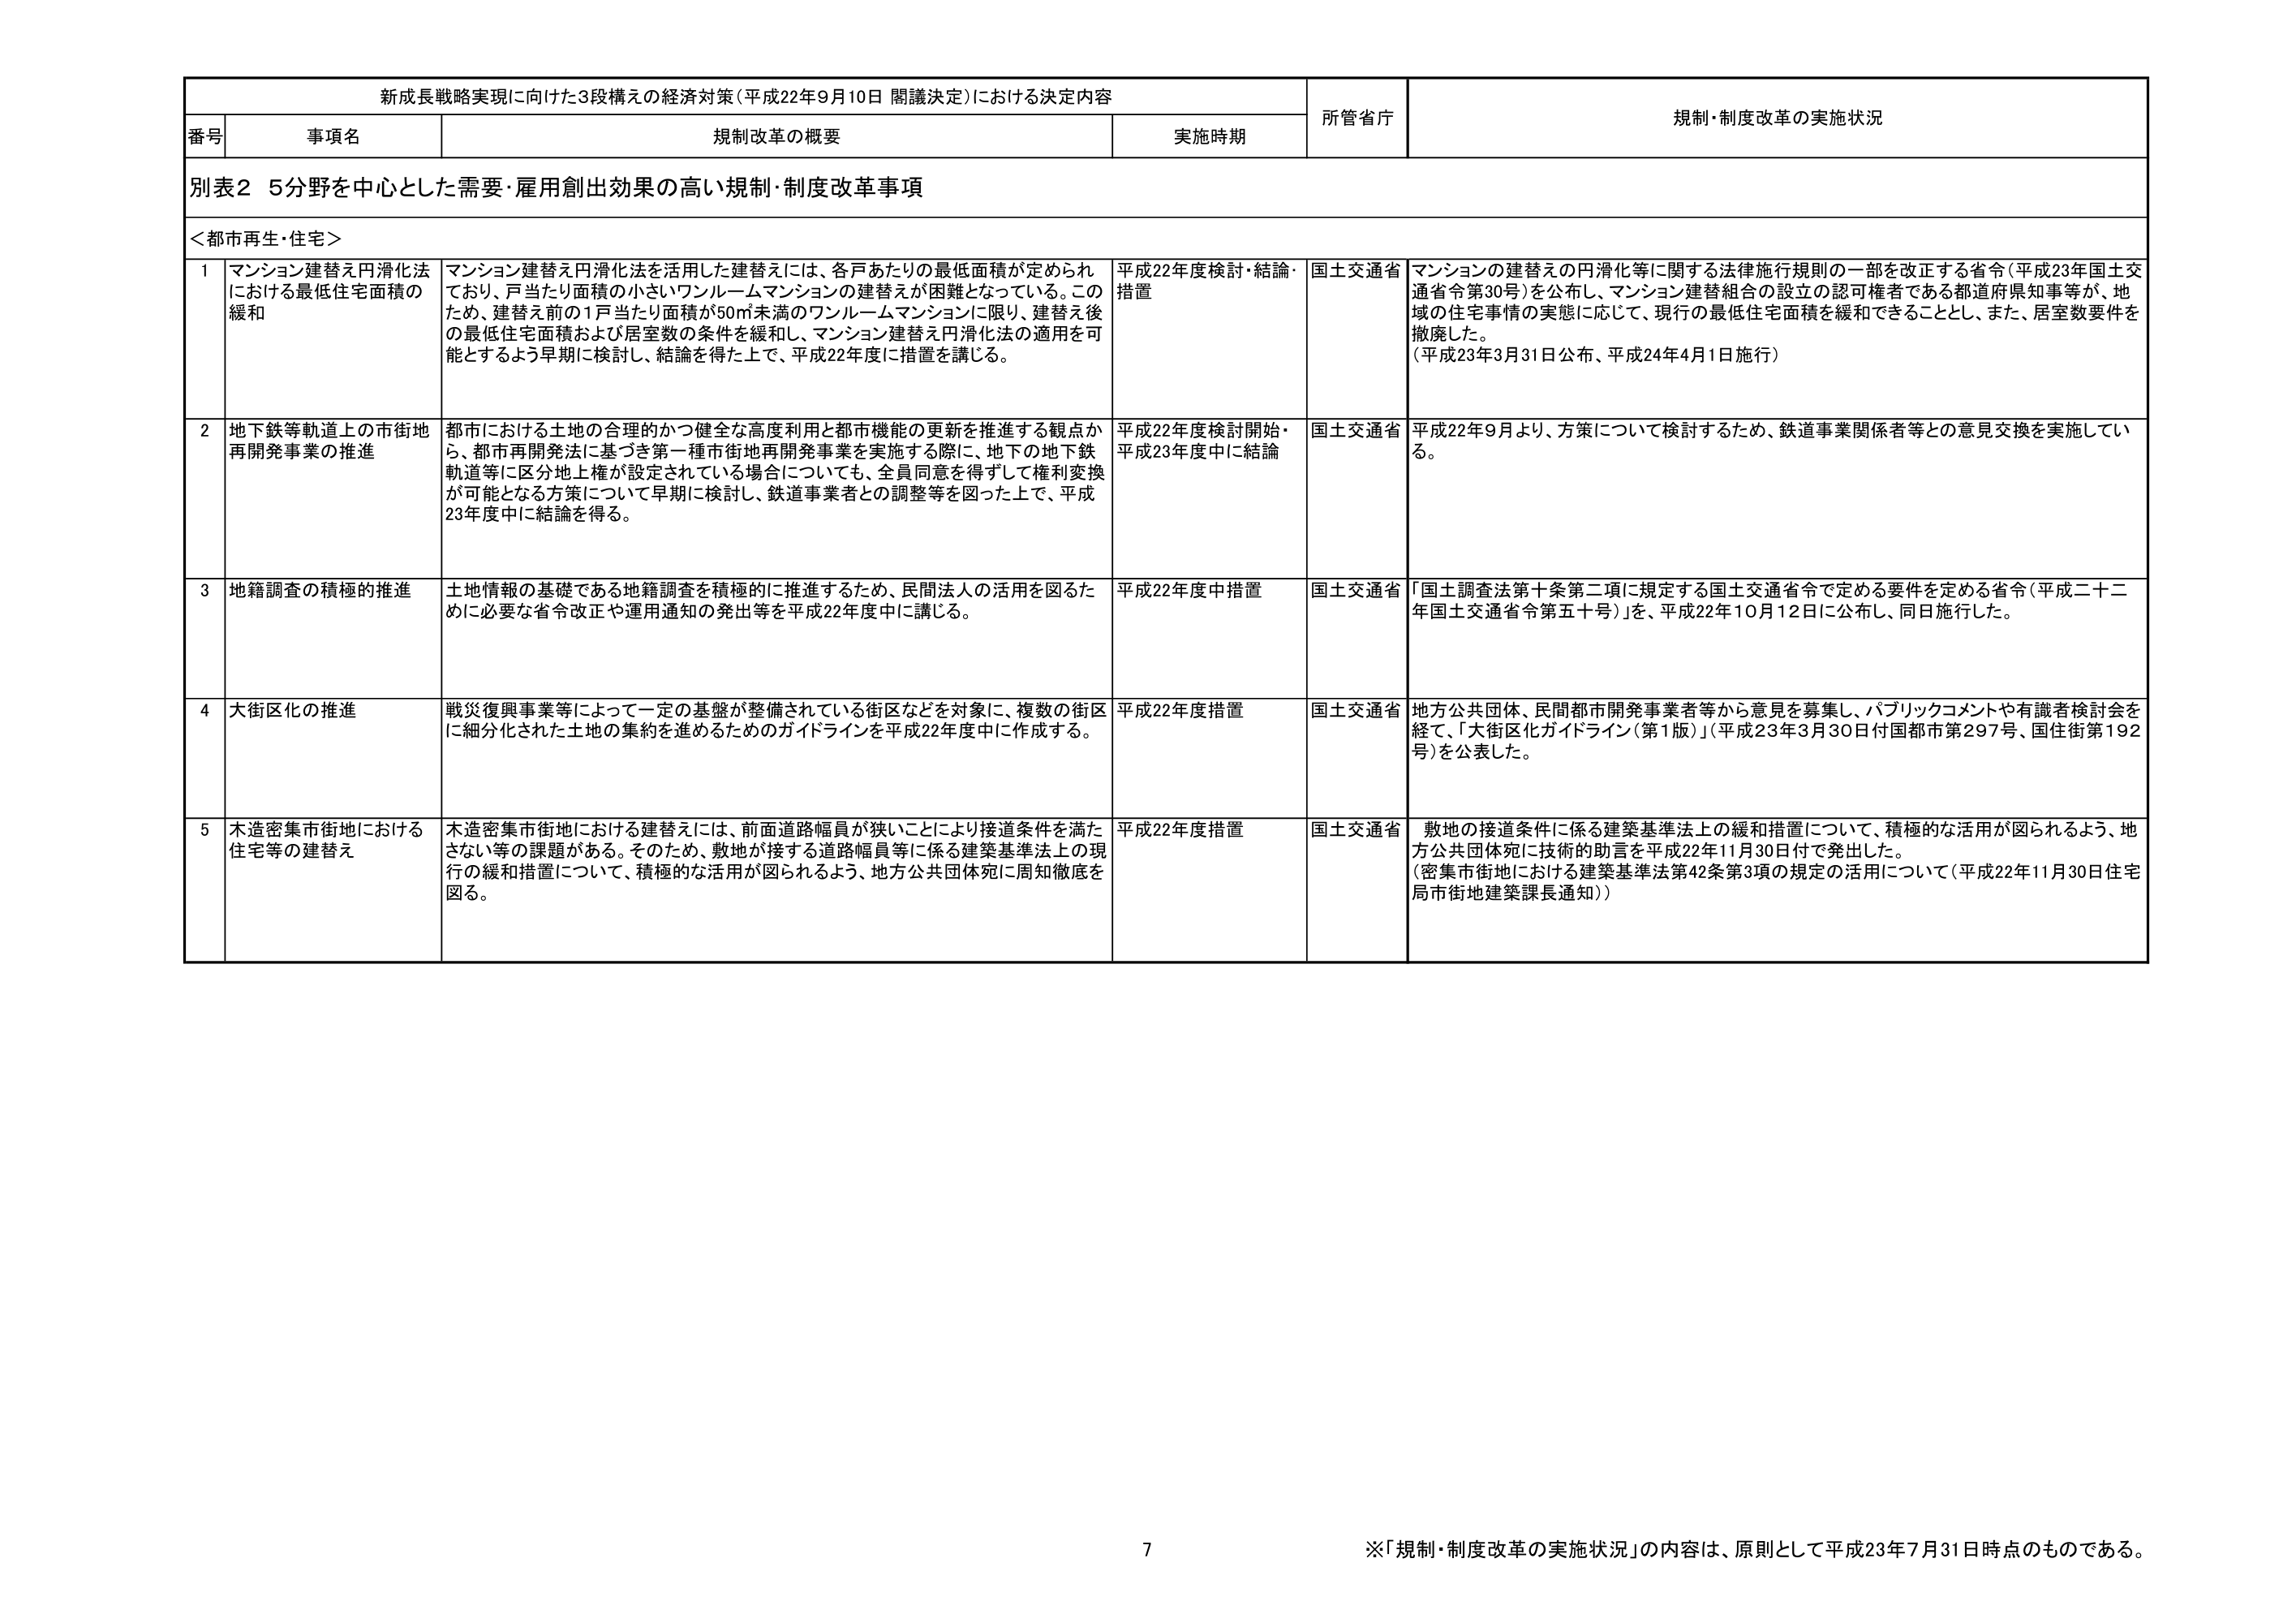
新成長戦略実現に向けた3段構えの経済対策（平成22年9月10日 閣議決定）における決定内容
番号 事項名 規制改革の概要 実施時期 所管省庁 規制・制度改革の実施状況
別表2 5分野を中心とした需要・雇用創出効果の高い規制・制度改革事項
＜都市再生・住宅＞
1 マンション建替え円滑化法における最低住宅面積の緩和 マンション建替え円滑化法を活用した建替えには、各戸あたりの最低面積が定められており、戸当たり面積の小さいワンルームマンションの建替えが困難となっている。このため、建替え前の1戸当たり面積が50㎡未満のワンルームマンションに限り、建替え後の最低住宅面積および居室数の条件を緩和し、マンション建替え円滑化法の適用を可能とするよう早期に検討し、結論を得た上で、平成22年度に措置を講じる。 平成22年度検討・結論・措置 国土交通省 マンションの建替えの円滑化等に関する法律施行規則の一部を改正する省令（平成23年国土交通省令第30号）を公布し、マンション建替組合の設立の認可権者である都道府県知事等が、地域の住宅事情の実態に応じて、現行の最低住宅面積を緩和できることとし、また、居室数要件を撤廃した。 （平成23年3月31日公布、平成24年4月1日施行）
2 地下鉄等軌道上の市街地再開発事業の推進 都市における土地の合理的かつ健全な高度利用と都市機能の更新を推進する観点から、都市再開発法に基づき第一種市街地再開発事業を実施する際に、地下の地下鉄軌道等に区分地上権が設定されている場合についても、全員同意を得ずして権利変換が可能となる方策について早期に検討し、鉄道事業者との調整等を図った上で、平成23年度中に結論を得る。 平成22年度検討開始・平成23年度中に結論 国土交通省 平成22年9月より、方策について検討するため、鉄道事業関係者等との意見交換を実施している。
3 地籍調査の積極的推進 土地情報の基礎である地籍調査を積極的に推進するため、民間法人の活用を図るために必要な省令改正や運用通知の発出等を平成22年度中に講じる。 平成22年度中措置 国土交通省 「国土調査法第十条第二項に規定する国土交通省令で定める要件を定める省令（平成二十二年国土交通省令第五十号）」を、平成22年10月12日に公布し、同日施行した。
4 大街区化の推進 戦災復興事業等によって一定の基盤が整備されている街区などを対象に、複数の街区に細分化された土地の集約を進めるためのガイドラインを平成22年度中に作成する。 平成22年度措置 国土交通省 地方公共団体、民間都市開発事業者等から意見を募集し、パブリックコメントや有識者検討会を経て、「大街区化ガイドライン（第1版）」（平成23年3月30日付国都市第297号、国住街第192号）を公表した。
5 木造密集市街地における住宅等の建替え 木造密集市街地における建替えには、前面道路幅員が狭いことにより接道条件を満たさない等の課題がある。そのため、敷地が接する道路幅員等に係る建築基準法上の現行の緩和措置について、積極的な活用が図られるよう、地方公共団体宛に周知徹底を図る。 平成22年度措置 国土交通省 敷地の接道条件に係る建築基準法上の緩和措置について、積極的な活用が図られるよう、地方公共団体宛に技術的助言を平成22年11月30日付で発出した。 （密集市街地における建築基準法第42条第3項の規定の活用について（平成22年11月30日住宅局市街地建築課長通知））
7 ※「規制・制度改革の実施状況」の内容は、原則として平成23年7月31日時点のものである。